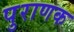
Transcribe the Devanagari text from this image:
पुराणक